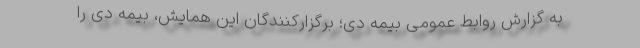
به گزارش روابط عمومی بیمه دی؛ برگزارکنندگان این همایش، بیمه دی را